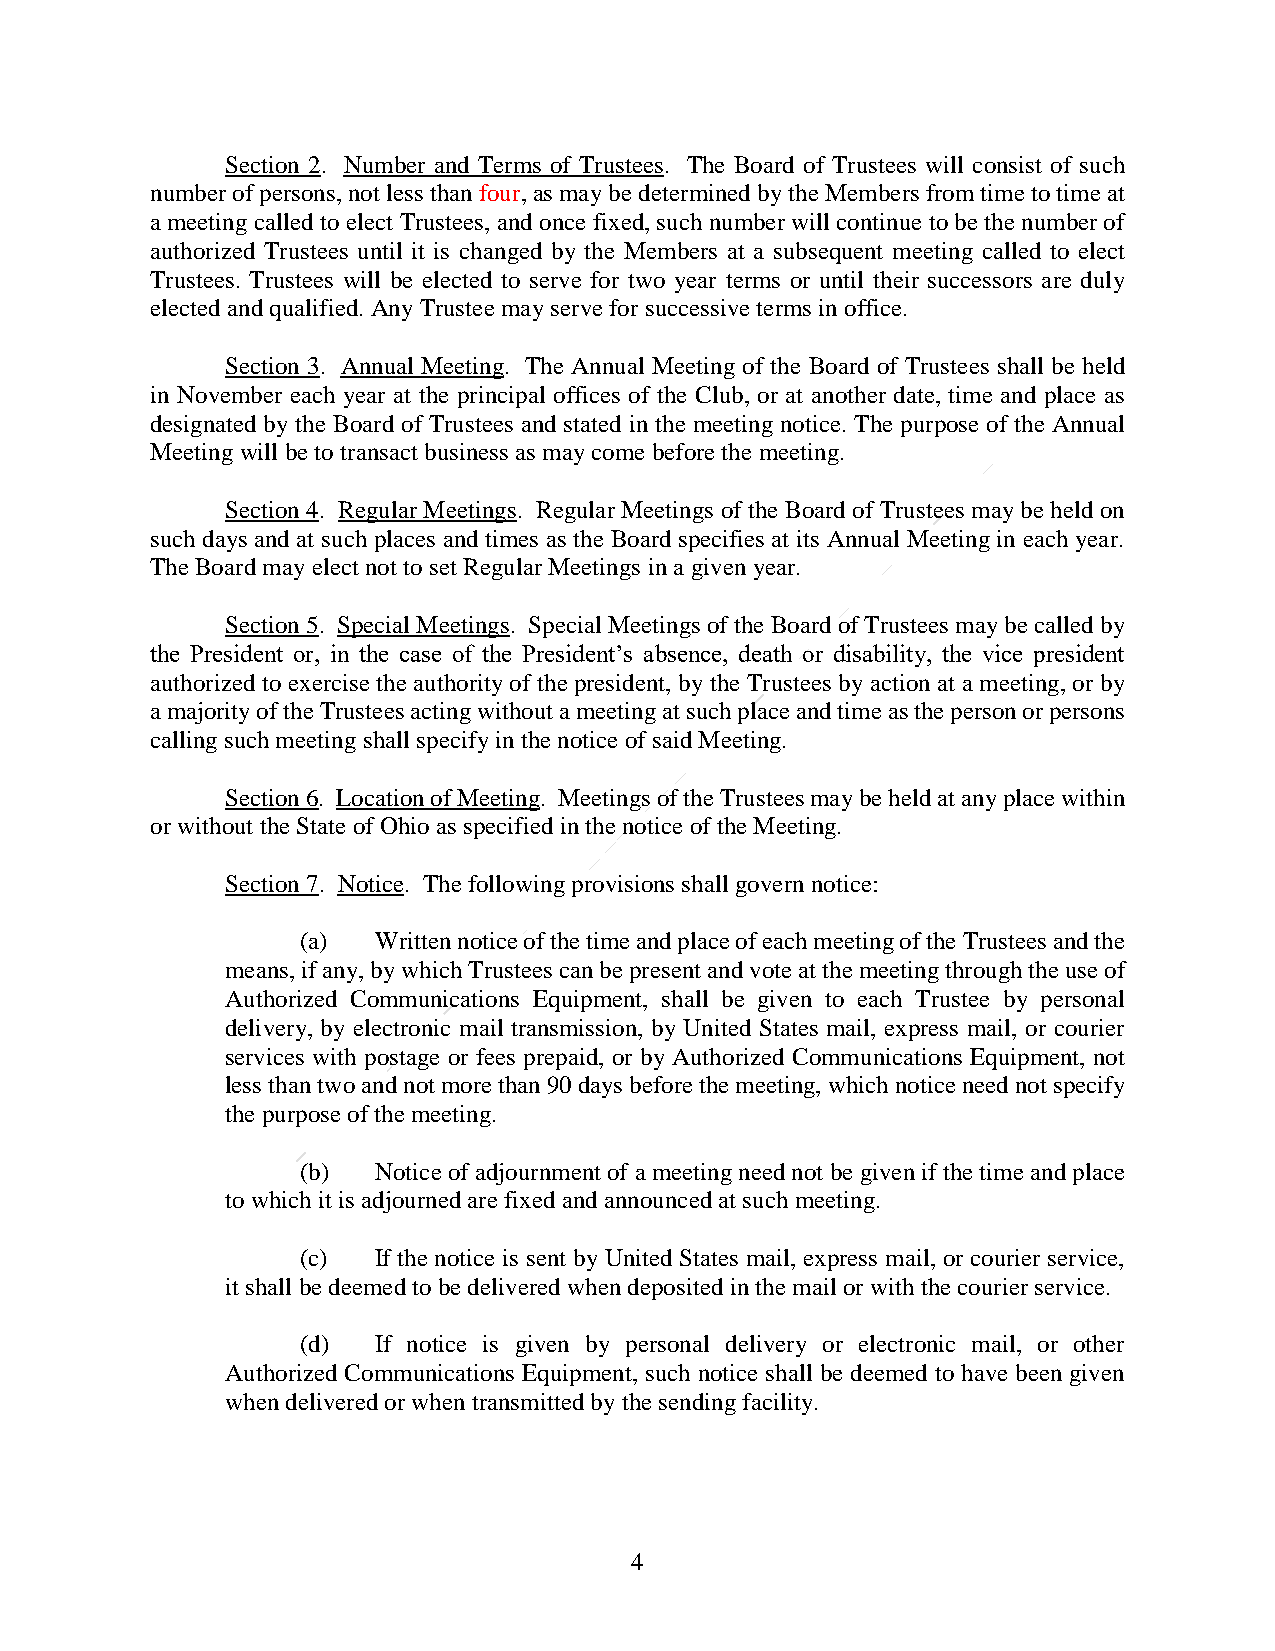
Section 2. Number and Terms of Trustees. The Board of Trustees will consist of such
 number of persons, not less than four, as may be determined by the Members from time to time at
 a meeting called to elect Trustees, and once fixed, such number will continue to be the number of
 authorized Trustees until it is changed by the Members at a subsequent meeting called to elect
 Trustees. Trustees will be elected to serve for two year terms or until their successors are duly
 elected and qualified. Any Trustee may serve for successive terms in office.
 Section 3. Annual Meeting. The Annual Meeting of the Board of Trustees shall be held
 in November each year at the principal offices of the Club, or at another date, time and place as
 designated by the Board of Trustees and stated in the meeting notice. The purpose of the Annual
 Meeting will be to transact business as may come before the meeting.
 Section 4. Regular Meetings. Regular Meetings of the Board of Trustees may be held on
 such days and at such places and times as the Board specifies at its Annual Meeting in each year.
 The Board may elect not to set Regular Meetings in a given year.
 Section 5. Special Meetings. Special Meetings of the Board of Trustees may be called by
 the President or, in the case of the President’s absence, death or disability, the vice president
 authorized to exercise the authority of the president, by the Trustees by action at a meeting, or by
 a majority of the Trustees acting without a meeting at such place and time as the person or persons
 calling such meeting shall specify in the notice of said Meeting.
 Section 6. Location of Meeting. Meetings of the Trustees may be held at any place within
 or without the State of Ohio as specified in the notice of the Meeting.
 Section 7. Notice. The following provisions shall govern notice:
 (a)  Written notice of the time and place of each meeting of the Trustees and the
 means, if any, by which Trustees can be present and vote at the meeting through the use of
 Authorized Communications Equipment, shall be given to each Trustee by personal
 delivery, by electronic mail transmission, by United States mail, express mail, or courier
 services with postage or fees prepaid, or by Authorized Communications Equipment, not
 less than two and not more than 90 days before the meeting, which notice need not specify
 the purpose of the meeting.
 (b)  Notice of adjournment of a meeting need not be given if the time and place
 to which it is adjourned are fixed and announced at such meeting.
 (c)  If the notice is sent by United States mail, express mail, or courier service,
 it shall be deemed to be delivered when deposited in the mail or with the courier service.
 (d)  If notice is given by personal delivery or electronic mail, or other
 Authorized Communications Equipment, such notice shall be deemed to have been given
 when delivered or when transmitted by the sending facility.
 4